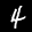
Label: 4